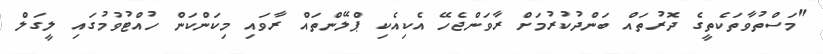
"މަސްތުވާތަކެތީގެ ދޮރުތައް ބަންދުކުރުމަށް ރާވަންޖެހޭ އެކިއެކި ޕްލޭންތައް ރާވައި މިކަންކަން ހުއްޓުވުމުގައި ލީގަލް